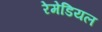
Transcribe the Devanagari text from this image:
रेमेडियल